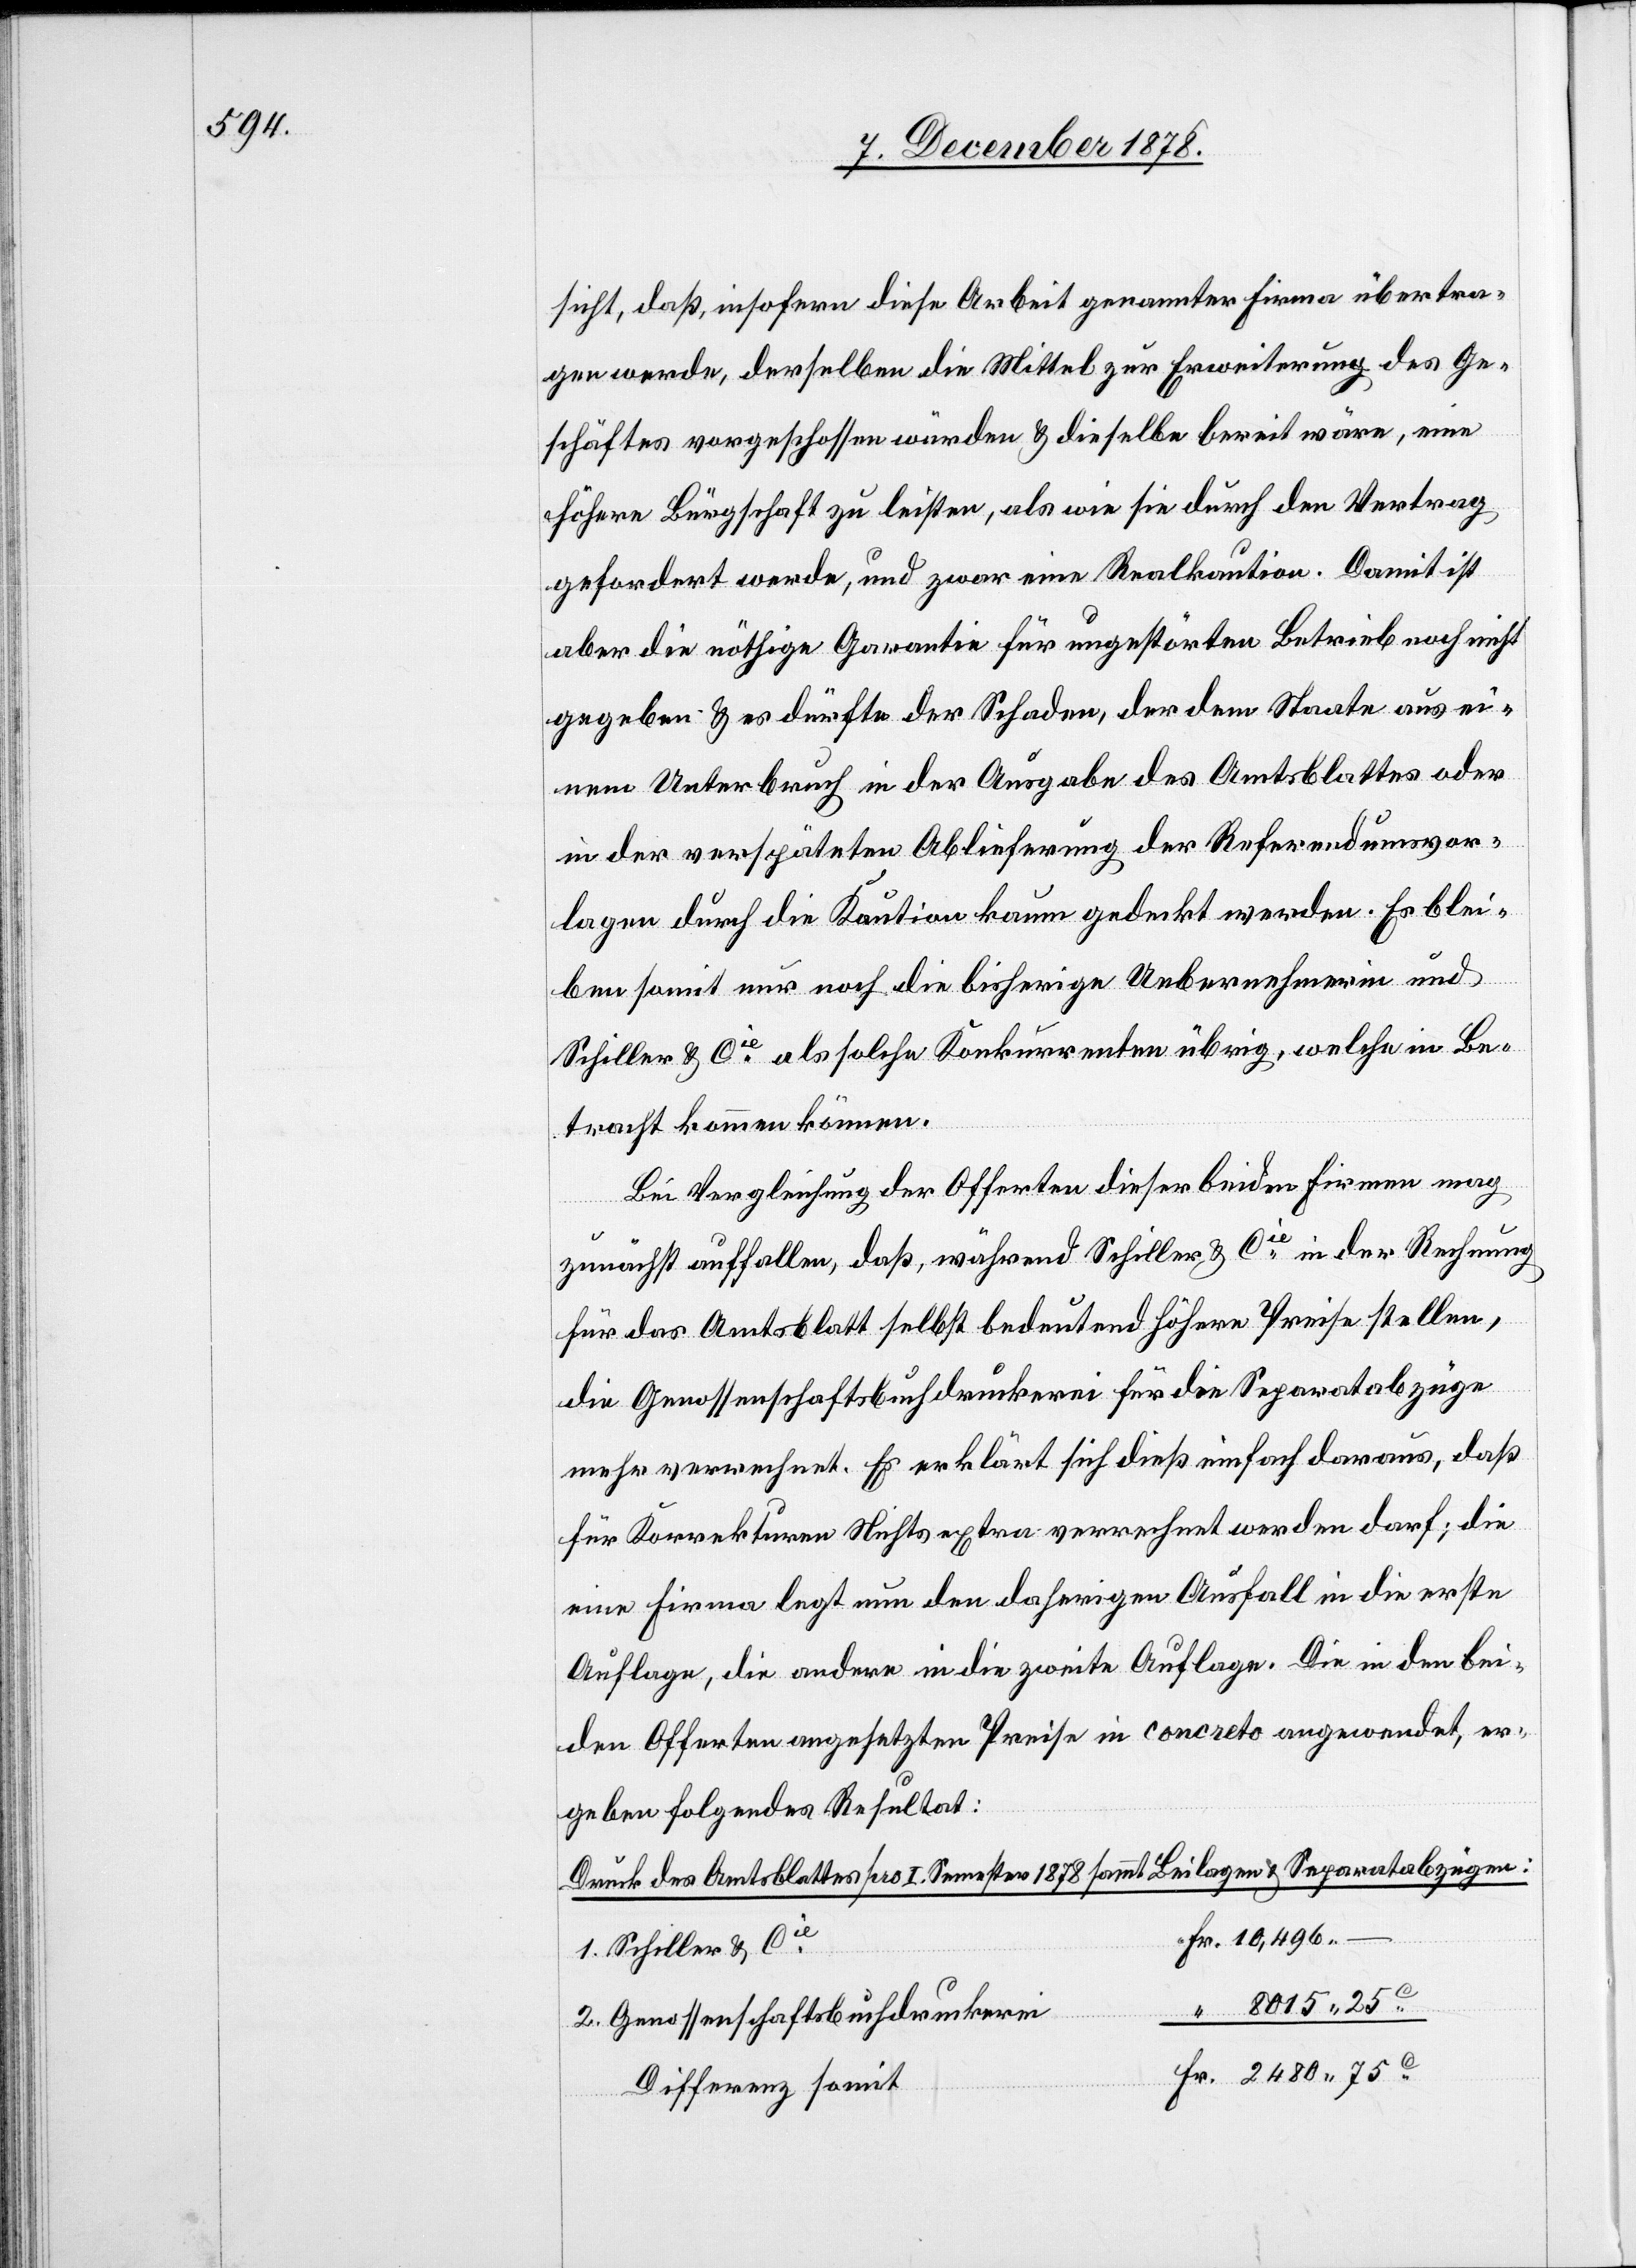
sicht, daß, insofern diese Arbeit genannter Firma übertra¬
gen werde, derselben die Mittel zur Erweiterung des Ge¬
schäftes vorgeschossen würden & dieselbe bereit wäre, eine
höhere Bürgschaft zu leisten, als wie sie durch den Vertrag
gefordert werde, und zwar eine Realkaution. Damit ist
aber die nöthige Garantie für ungestörten Betrieb noch nicht
gegeben & es dürfte der Schaden, der dem Staate aus ei¬
nem Unterbruch in der Ausgabe des Amtsblattes oder
in der verspäteten Ablieferung der Referendumsvor¬
lagen durch die Kaution kaum gedeckt werden. Es blei¬
ben somit nur noch die bisherige Uebernehmerin und
Schiller & Cie als solche Konkurrenten übrig, welche in Be¬
tracht kommen können.
Bei Vergleichung der Offerten dieser beiden Firmen mag
zunächst auffallen, daß, während Schiller & Cie in der Rechnung
für das Amtsblatt selbst bedeutend höhere Preise stellen,
Fr.
die Genossenschaftsbuchdruckerei für die Separatabzüge
mehr verrechnet. Es erklärt sich dieß einfach daraus, daß
für Korrekturen Nichts extra verrechnet werden darf; die
eine Firma legt nun den daherigen Ausfall in die erste
Auflage, die andere in die zweite Auflage. Die in den bei¬
den Offerten angesetzten Preise in concreto angewendet, er¬
geben folgendes Resultat:
Druck des Amtsblattes pro I. Semester 1878 sammt Beilagen & Separatabzügen:
1. Schiller & Cie
8015.
25C
2. Genossenschaftsbuchdruckerei
Differenz somit